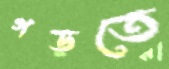
গড়তে